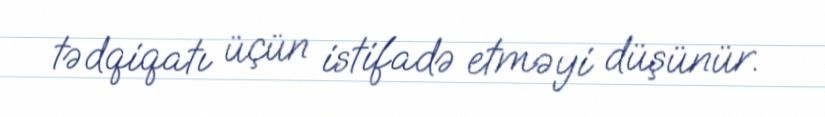
tədqiqatı üçün istifadə etməyi düşünür.